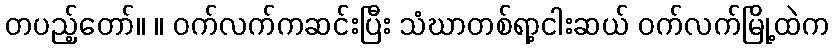
တပည့်တော်။ ။ ဝက်လက်ကဆင်းပြီး သံဃာတစ်ရာ့ငါးဆယ် ဝက်လက်မြို့ထဲက